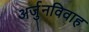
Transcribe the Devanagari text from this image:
अर्जुनविवाह